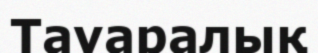
Тауаралық